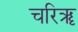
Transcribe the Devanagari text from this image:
चरिॠ